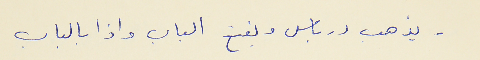
- يذهب درباس ويفتح الباب واذا بالباب